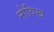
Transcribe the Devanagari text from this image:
नोविख